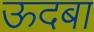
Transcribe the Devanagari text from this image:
ऊदबा